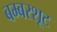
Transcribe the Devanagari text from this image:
बम्बरशूट